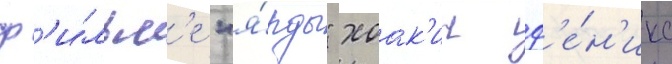
ф'и́льм'е "я́рды" хоак'ин ф'е́н'икс